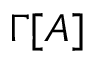
\Gamma [ A ]